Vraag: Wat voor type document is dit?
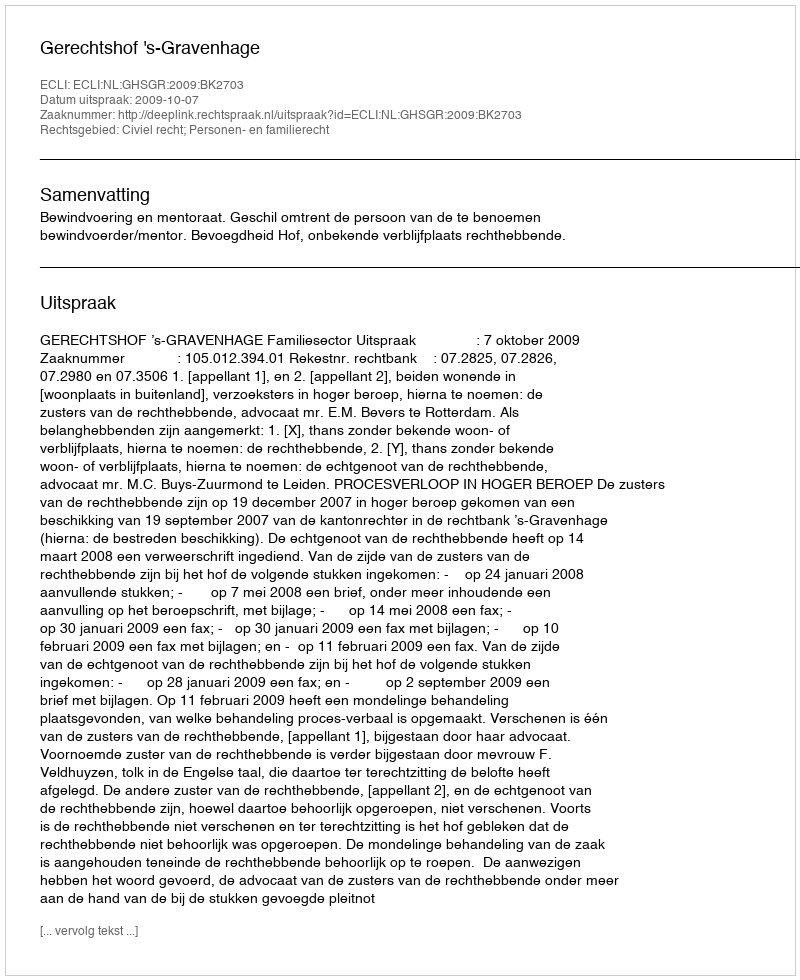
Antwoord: Uitspraak